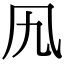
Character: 𠘪